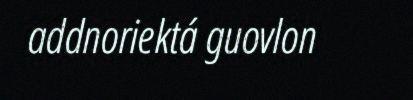
addnoriektá guovlon